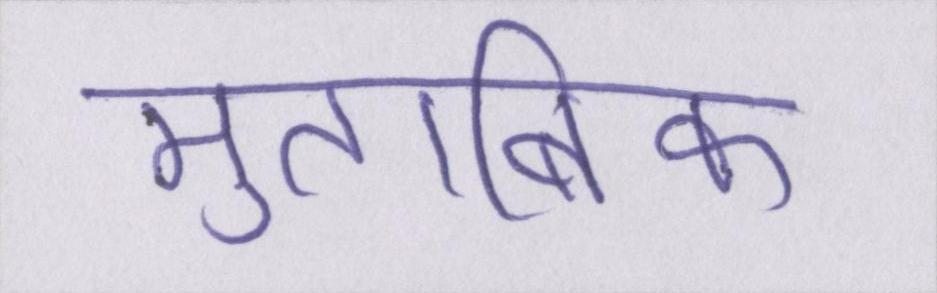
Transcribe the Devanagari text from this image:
मुताबिक